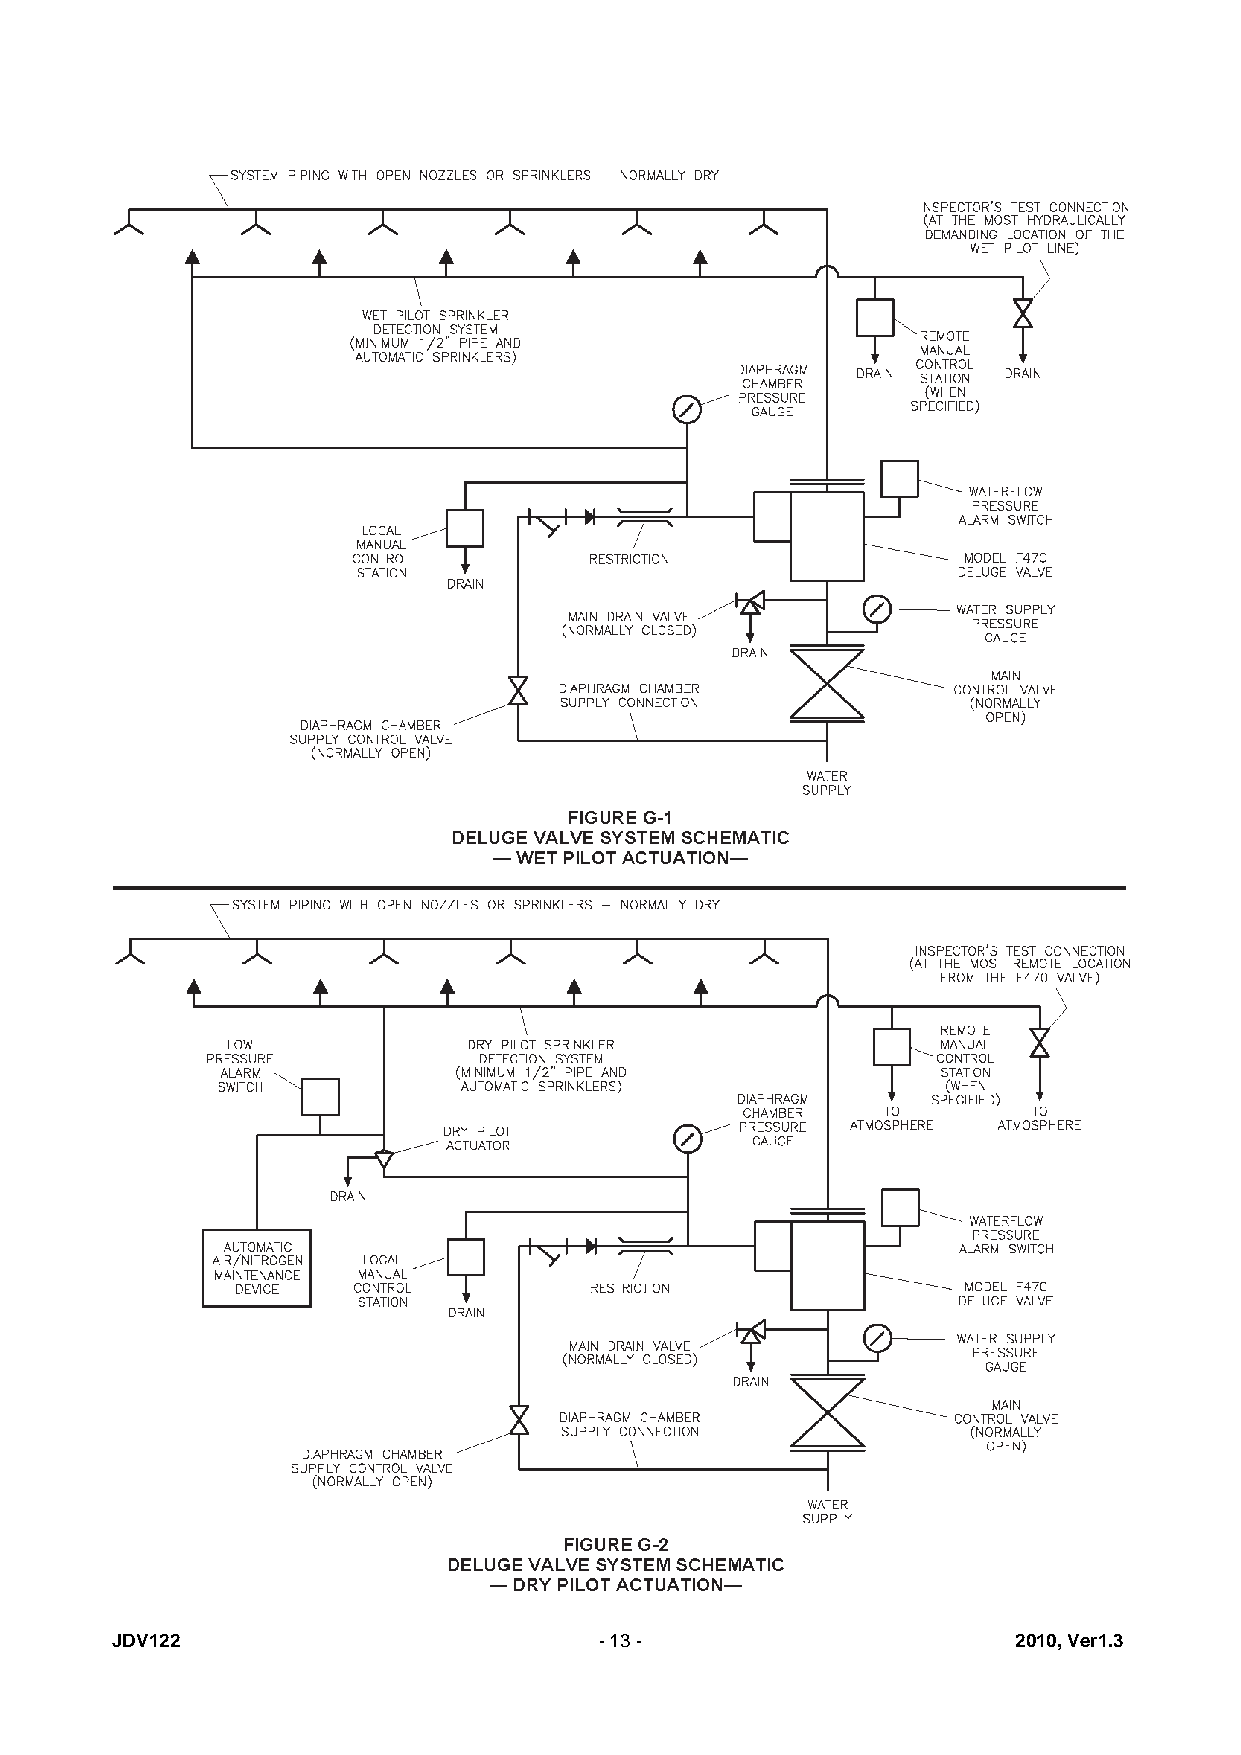
JDV122                           -13-                       2010,Ver1.3